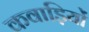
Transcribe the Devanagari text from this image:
कवाड़ियों